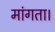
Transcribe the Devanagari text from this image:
मांगता।